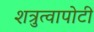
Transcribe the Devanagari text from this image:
शत्रुत्वापोटी